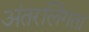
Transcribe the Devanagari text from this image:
अंतरलिंगता